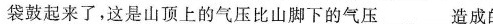
袋鼓起来了，这是山顶上的气压比山脚下的气压___造成的。